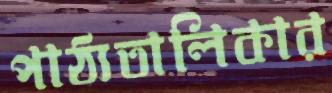
পাঠ্যতালিকার